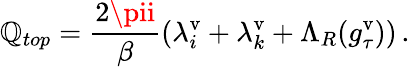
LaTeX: \mathbb{Q}_{top}=\frac{{2\pii}}{{\beta}}\left(\lambda_{i}^{\mathrm{{v}}}+\lambda_{k}^{\mathrm{{v}}}+\Lambda_{R}(g_{\tau}^{\mathrm{{v}}})\right)\, .